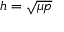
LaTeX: h = { \sqrt { \mu p } }